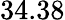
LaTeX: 34.38